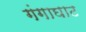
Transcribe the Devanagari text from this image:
गंगाघाट